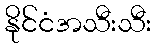
နိုင်ငံအသီးသီး